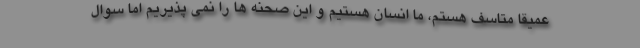
عمیقا متاسف هستم، ما انسان هستیم و این صحنه ها را نمی پذیریم اما سوال